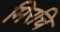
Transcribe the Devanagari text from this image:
मिरचि